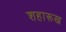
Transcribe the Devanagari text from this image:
शहारूख